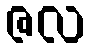
ဇလ